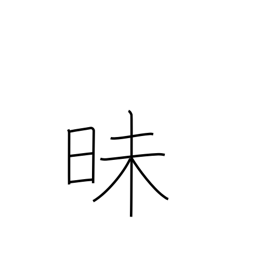
Meaning: dark